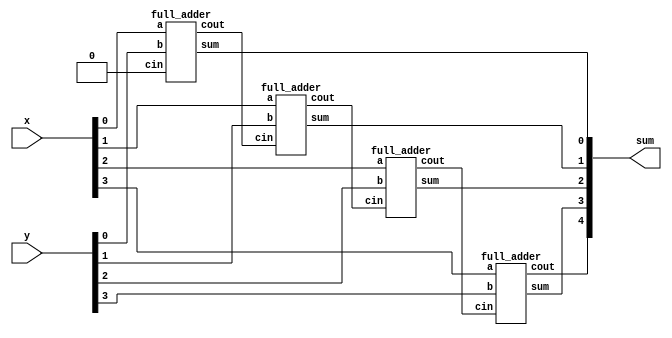
module top_module (
    input [3:0] x,
    input [3:0] y, 
    output [4:0] sum);

wire [2:0] cout;
full_adder FA1(x[0],y[0],1'b0,cout[0],sum[0]);
full_adder FA2(x[1],y[1],cout[0],cout[1],sum[1]);
full_adder FA3(x[2],y[2],cout[1],cout[2],sum[2]);
full_adder FA4(x[3],y[3],cout[2],sum[4],sum[3]);

endmodule

module full_adder( 
    input a, b, cin,
    output cout, sum );

assign cout = a&b | b&cin | a&cin;
assign sum = a ^ b ^ cin;

endmodule